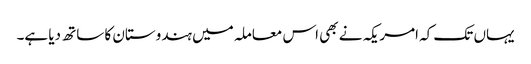
یہاں تک کہ امریکہ نے بھی اس معاملہ میں ہندوستان کا ساتھ دیا ہے۔